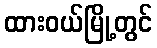
ထားဝယ်မြို့တွင်